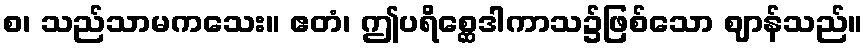
စ၊ သည်သာမကသေး။ ဧတံ၊ ဤပရိစ္ဆေဒါကာသ၌ဖြစ်သော ဈာန်သည်။